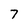
Character: 7